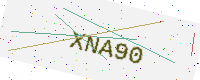
Text: XNA90